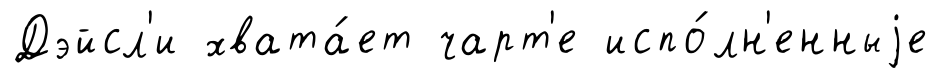
Дэйсл'и хвата́ет чарт'е испо́лн'енныjе